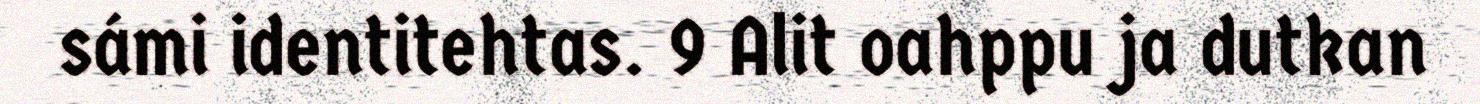
sámi identitehtas. 9 Alit oahppu ja dutkan